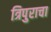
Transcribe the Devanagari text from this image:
त्रिपुराचा